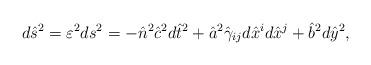
LaTeX: \begin{align*}d\hat{s}^2=\varepsilon^2ds^2=-\hat{n}^2\hat{c}^2d\hat{t}^2+\hat{a}^2\hat{\gamma}_{ij}d\hat{x}^id\hat{x}^j+\hat{b}^2d\hat{y}^2,\end{align*}